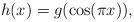
LaTeX: \begin{align*}h(x)=g(\cos (\pi x)),\end{align*}